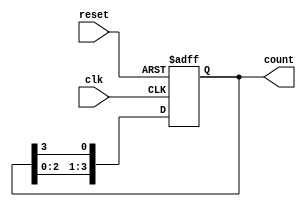
module ring_counter #(
    parameter STAGES = 4  // Number of stages in the ring counter
)(
    input wire clk,        // Clock input
    input wire reset,      // Asynchronous reset input
    output reg [STAGES-1:0] count // Output representing the current state
);

// Always block triggered on the rising edge of the clock or the reset signal
always @(posedge clk or posedge reset) begin
    if (reset) begin
        // Asynchronous reset: set the first flip-flop to '1' and others to '0'
        count <= 1'b1 << (STAGES - 1); // Initialize to 100...000
    end else begin
        // Shift the '1' to the next stage
        count <= {count[STAGES-2:0], count[STAGES-1]}; // Shift left
    end
end

endmodule